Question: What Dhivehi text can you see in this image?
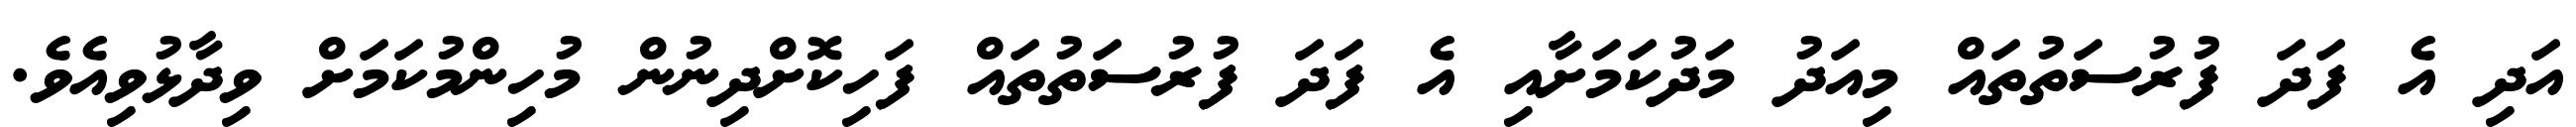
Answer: އަދި އެ ފަދަ ފުރުސަތުތައް މިއަދު މަދުކަމަށާއި އެ ފަދަ ފުރުސަތުތައް ފަހިކޮށްދިނުން މުހިންމުކަމަށް ވިދާޅުވިއެވެ.